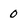
Character: 0